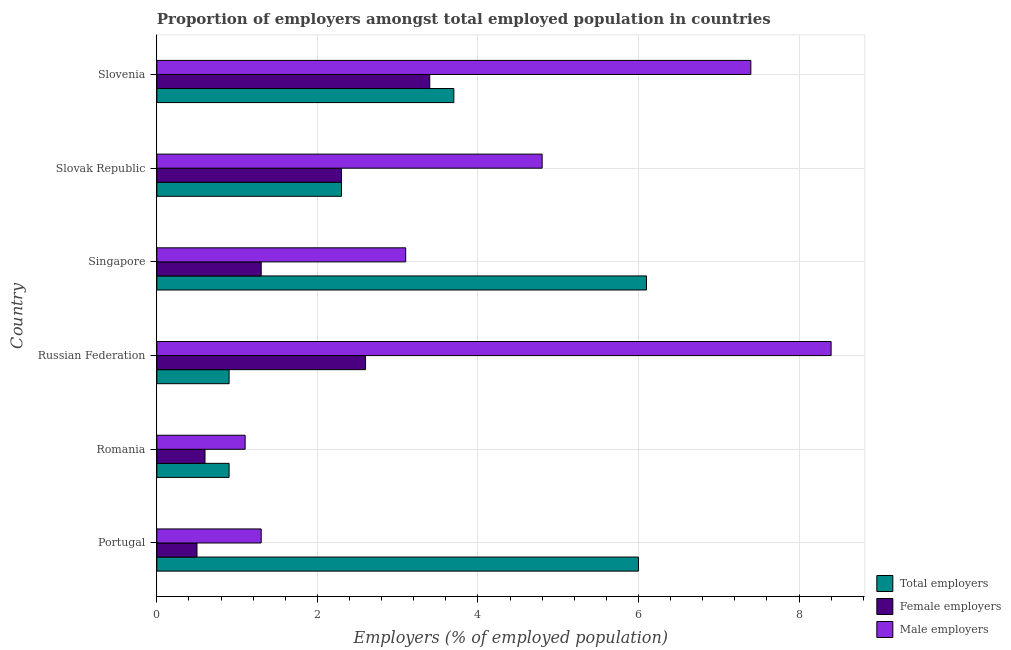
| Country | Total employers | Female employers | Male employers |
 | --- | --- | --- | --- |
 | Portugal | 6 | 0.5 | 1.3 |
 | Romania | 0.9 | 0.6 | 1.1 |
 | Russian Federation | 0.9 | 2.6 | 8.4 |
 | Singapore | 6.1 | 1.3 | 3.1 |
 | Slovak Republic | 2.3 | 2.3 | 4.8 |
 | Slovenia | 3.7 | 3.4 | 7.4 |